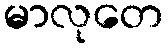
မာလုတေ